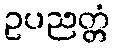
ဥပညတ္တံ